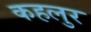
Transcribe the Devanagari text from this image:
कहलुर